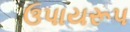
ઉપાયરૂપ